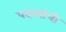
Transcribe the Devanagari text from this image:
पदव्यांची